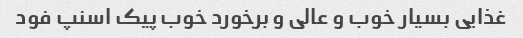
غذایی بسیار خوب و عالی و برخورد خوب پیک اسنپ فود